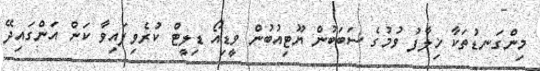
މިންގަނޑުތަކާ ޚިލާފު ވުމުގެ ސަބަބުން ޔޫޓިއުބުން ވީޑިއޯ ޑިލީޓް ކުރެވިފައިވާ ކަން އަންގައިދޭ